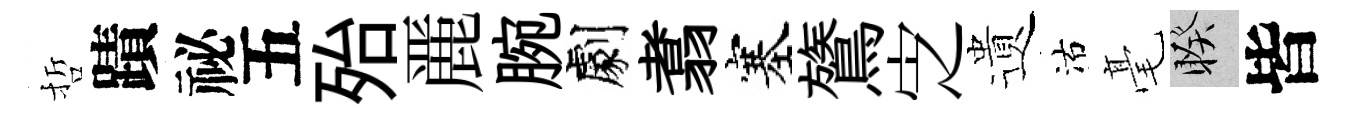
哲蹟祕五殆䴡腕劇翥塞鷟㝎遺沽毫睽皆